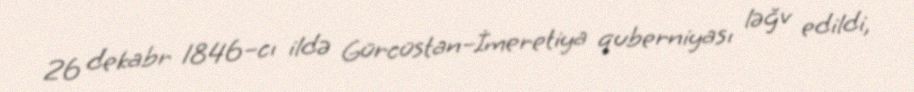
26 dekabr 1846–cı ildə Gürcüstan–İmeretiya quberniyası ləğv edildi,